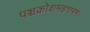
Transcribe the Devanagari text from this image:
पञ्चक्रोशमहत्तरम।